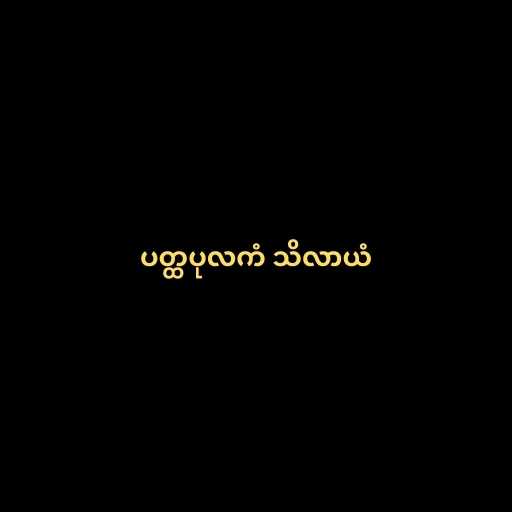
ပတ္ထပုလကံ သိလာယံ